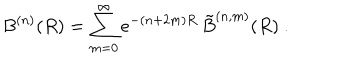
B ^ { ( n ) } ( R ) = \sum _ { m = 0 } ^ { \infty } e ^ { - ( n + 2 m ) R } \, \tilde { B } ^ { ( n , m ) } ( R ) \ .